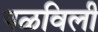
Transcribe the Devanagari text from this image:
पळविली